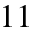
1 1